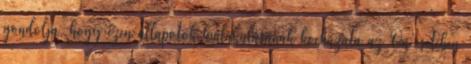
gondolja, hogy ezen állapotok kialakulásának kockázata az Ön esetében